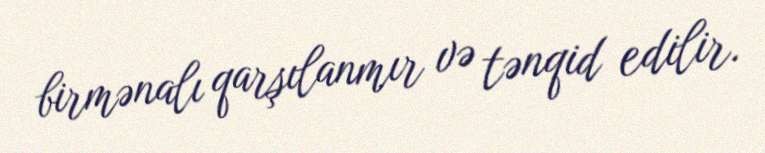
birmənalı qarşılanmır və tənqid edilir.